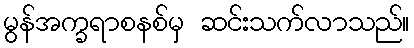
မွန်အက္ခရာစနစ်မှ ဆင်းသက်လာသည်။